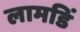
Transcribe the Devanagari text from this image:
लामडिं